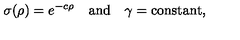
\sigma ( \rho ) = e ^ { - c \rho } \quad \mathrm { a n d } \quad \gamma = \mathrm { c o n s t a n t } ,